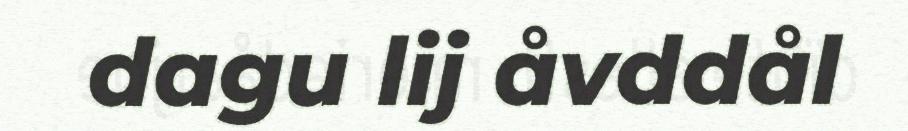
dagu lij åvddål